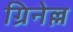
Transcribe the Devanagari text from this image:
ग्रिनेल्ल